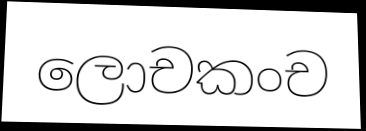
ලොචකංච